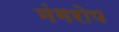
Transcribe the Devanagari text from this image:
मंगरोप